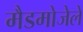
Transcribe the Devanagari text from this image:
मैडमोजेले